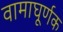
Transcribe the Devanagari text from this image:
वामाघूर्णक